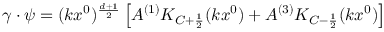
\gamma \cdot \psi = ( k x ^ { 0 } ) ^ { \frac { d + 1 } { 2 } } \left[ A ^ { ( 1 ) } K _ { C + \frac { 1 } { 2 } } ( k x ^ { 0 } ) + A ^ { ( 3 ) } K _ { C - \frac { 1 } { 2 } } ( k x ^ { 0 } ) \right]